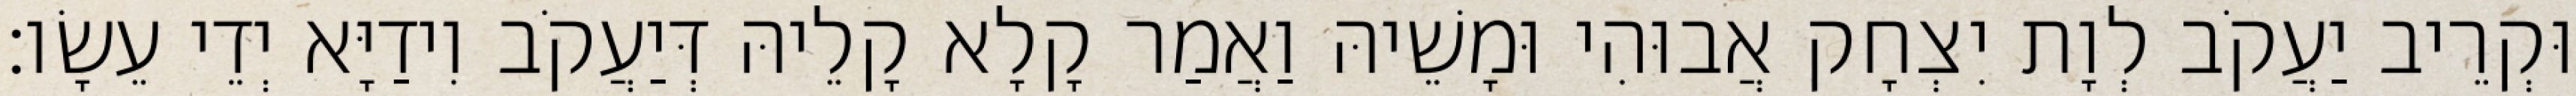
וּקְרֵיב יַעֲקֹב לְוָת יִצְחָק אֲבוּהִי וּמָשֵׁיהּ וַאֲמַר קָלָא קָלֵיהּ דְּיַעֲקֹב וִידַיָּא יְדֵי עֵשָׂו׃